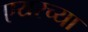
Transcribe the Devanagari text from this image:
एयरच्या